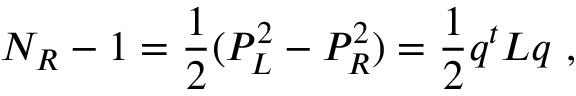
N _ { R } - 1 = \frac { 1 } { 2 } ( P _ { L } ^ { 2 } - P _ { R } ^ { 2 } ) = \frac { 1 } { 2 } q ^ { t } L q \ ,